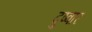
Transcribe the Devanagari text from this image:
दुष्वार